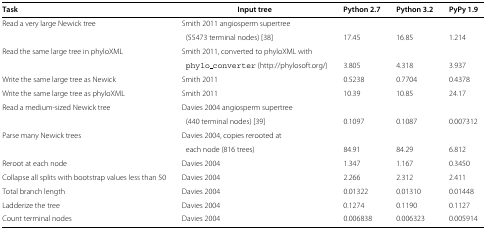
<table><thead><tr><td><b>Task</b></td><td><b>Input tree</b></td><td><b>Python 2.7</b></td><td><b>Python 3.2</b></td><td><b>PyPy 1.9</b></td></tr></thead><tbody><tr><td>Read a very large Newick tree</td><td>Smith 2011 angiosperm supertree</td><td> </td><td> </td><td> </td></tr><tr><td> </td><td>(55473 terminal nodes) [38]</td><td>17.45</td><td>16.85</td><td>1.214</td></tr><tr><td>Read the same large tree in phyloXML</td><td>Smith 2011, converted to phyloXML with</td><td> </td><td> </td><td> </td></tr><tr><td> </td><td>phylo_converter (http://phylosoft.org/)</td><td>3.805</td><td>4.318</td><td>3.937</td></tr><tr><td>Write the same large tree as Newick</td><td>Smith 2011</td><td>0.5238</td><td>0.7704</td><td>0.4378</td></tr><tr><td>Write the same large tree as phyloXML</td><td>Smith 2011</td><td>10.39</td><td>10.85</td><td>24.17</td></tr><tr><td>Read a medium-sized Newick tree</td><td>Davies 2004 angiosperm supertree</td><td> </td><td> </td><td> </td></tr><tr><td> </td><td>(440 terminal nodes) [39]</td><td>0.1097</td><td>0.1087</td><td>0.007312</td></tr><tr><td>Parse many Newick trees</td><td>Davies 2004, copies rerooted at</td><td> </td><td> </td><td> </td></tr><tr><td> </td><td>each node (816 trees)</td><td>84.91</td><td>84.29</td><td>6.812</td></tr><tr><td>Reroot at each node</td><td>Davies 2004</td><td>1.347</td><td>1.167</td><td>0.3450</td></tr><tr><td>Collapse all splits with bootstrap values less than 50</td><td>Davies 2004</td><td>2.266</td><td>2.312</td><td>2.411</td></tr><tr><td>Total branch length</td><td>Davies 2004</td><td>0.01322</td><td>0.01310</td><td>0.01448</td></tr><tr><td>Ladderize the tree</td><td>Davies 2004</td><td>0.1274</td><td>0.1190</td><td>0.1127</td></tr><tr><td>Count terminal nodes</td><td>Davies 2004</td><td>0.006838</td><td>0.006323</td><td>0.005914</td></tr></tbody></table>